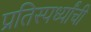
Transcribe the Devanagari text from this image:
प्रतिस्पर्ध्यांची